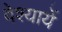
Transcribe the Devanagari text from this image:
वेश्यायें